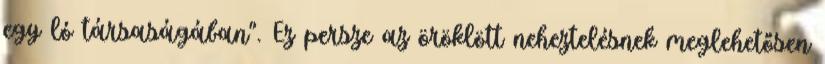
egy ló társaságában". Ez persze az öröklött neheztelésnek meglehetősen